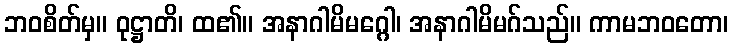
ဘဝစိတ်မှ။ ဝုဋ္ဌာတိ၊ ထ၏။ အနာဂါမိမဂ္ဂေါ၊ အနာဂါမိမဂ်သည်။ ကာမဘဝတော၊